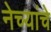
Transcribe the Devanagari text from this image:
नेच्यांचे